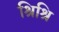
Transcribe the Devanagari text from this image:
श्रिश्रि